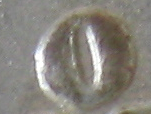
O